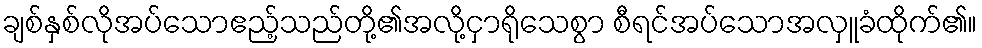
ချစ်နှစ်လိုအပ်သောဧည့်သည်တို့၏အလို့ငှာရိုသေစွာ စီရင်အပ်သောအလှူခံထိုက်၏။